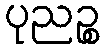
ပုညဉ္စ